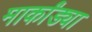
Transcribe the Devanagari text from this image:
मार्कांड्या